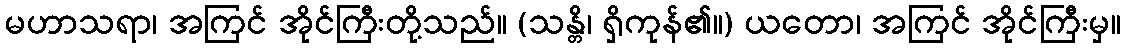
မဟာသရာ၊ အကြင် အိုင်ကြီးတို့သည်။ (သန္တိ၊ ရှိကုန်၏။) ယတော၊ အကြင် အိုင်ကြီးမှ။